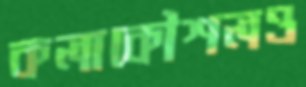
কলাকৌশলও